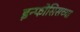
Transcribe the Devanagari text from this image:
इन्फोसिसच्या